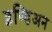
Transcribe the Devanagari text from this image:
इण्डिअन